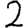
Digit: 2